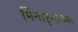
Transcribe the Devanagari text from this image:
मिनार्‍याच्या